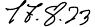
17.8.23